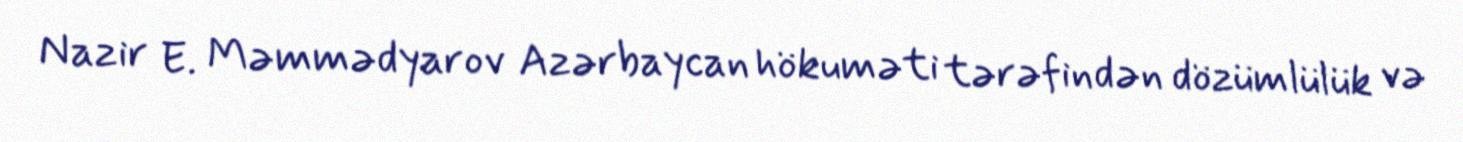
Nazir E. Məmmədyarov Azərbaycan hökuməti tərəfindən dözümlülük və